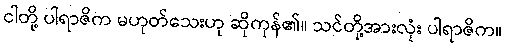
ငါတို့ ပါရာဇိက မဟုတ်သေးဟု ဆိုကုန်၏။ သင်တို့အားလုံး ပါရာဇိက။